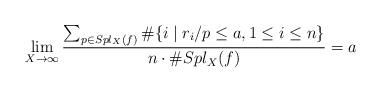
LaTeX: \begin{align*}\lim_{X\to\infty} \frac{\sum_{p\in Spl_X(f)}\#\{i\mid r_i/p\le a,1\le i \le n\}}{n\cdot\#Spl_X(f)}=a\end{align*}